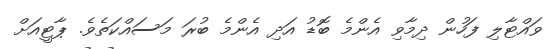
ވައްޓާލި ފަހުން ދިމާވި އެންމެ ބޮޑު އަދި އެންމެ ބުރަ މަސައްކަތެވެ. ޕާޓީއަށް